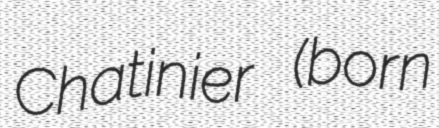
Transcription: Chatinier (born